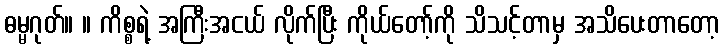
ဓမ္မဂုတ်။ ။ ကိစ္စရဲ့ အကြီးအငယ် လိုက်ပြီး ကိုယ်တော့်ကို သိသင့်တာမှ အသိပေးတာတော့